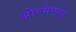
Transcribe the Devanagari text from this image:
ओरुमैप्पाडु